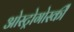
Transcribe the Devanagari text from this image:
ओस्ट्रोगोर्स्की